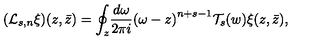
( \mathcal { L } _ { s , n } \xi ) ( z , \bar { z } ) = { \oint _ { z } } { \frac { d \omega } { 2 \pi i } { ( \omega - z ) } ^ { n + s - 1 } \mathcal { T } _ { s } ( w ) \xi ( z , \bar { z } ) } ,